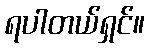
ရပါတယ်ရှင်။